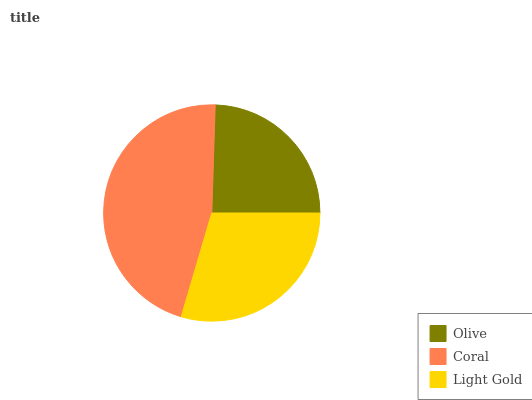
| Olive | Coral | Light Gold |
 | --- | --- | --- |
 | 24.5% | 45.9% | 29.6% |